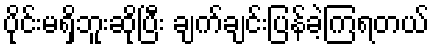
ပိုင်းမရှိဘူးဆိုပြီး ချက်ချင်းပြန်ခဲ့ကြရတယ်